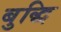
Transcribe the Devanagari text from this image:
बुद्धि